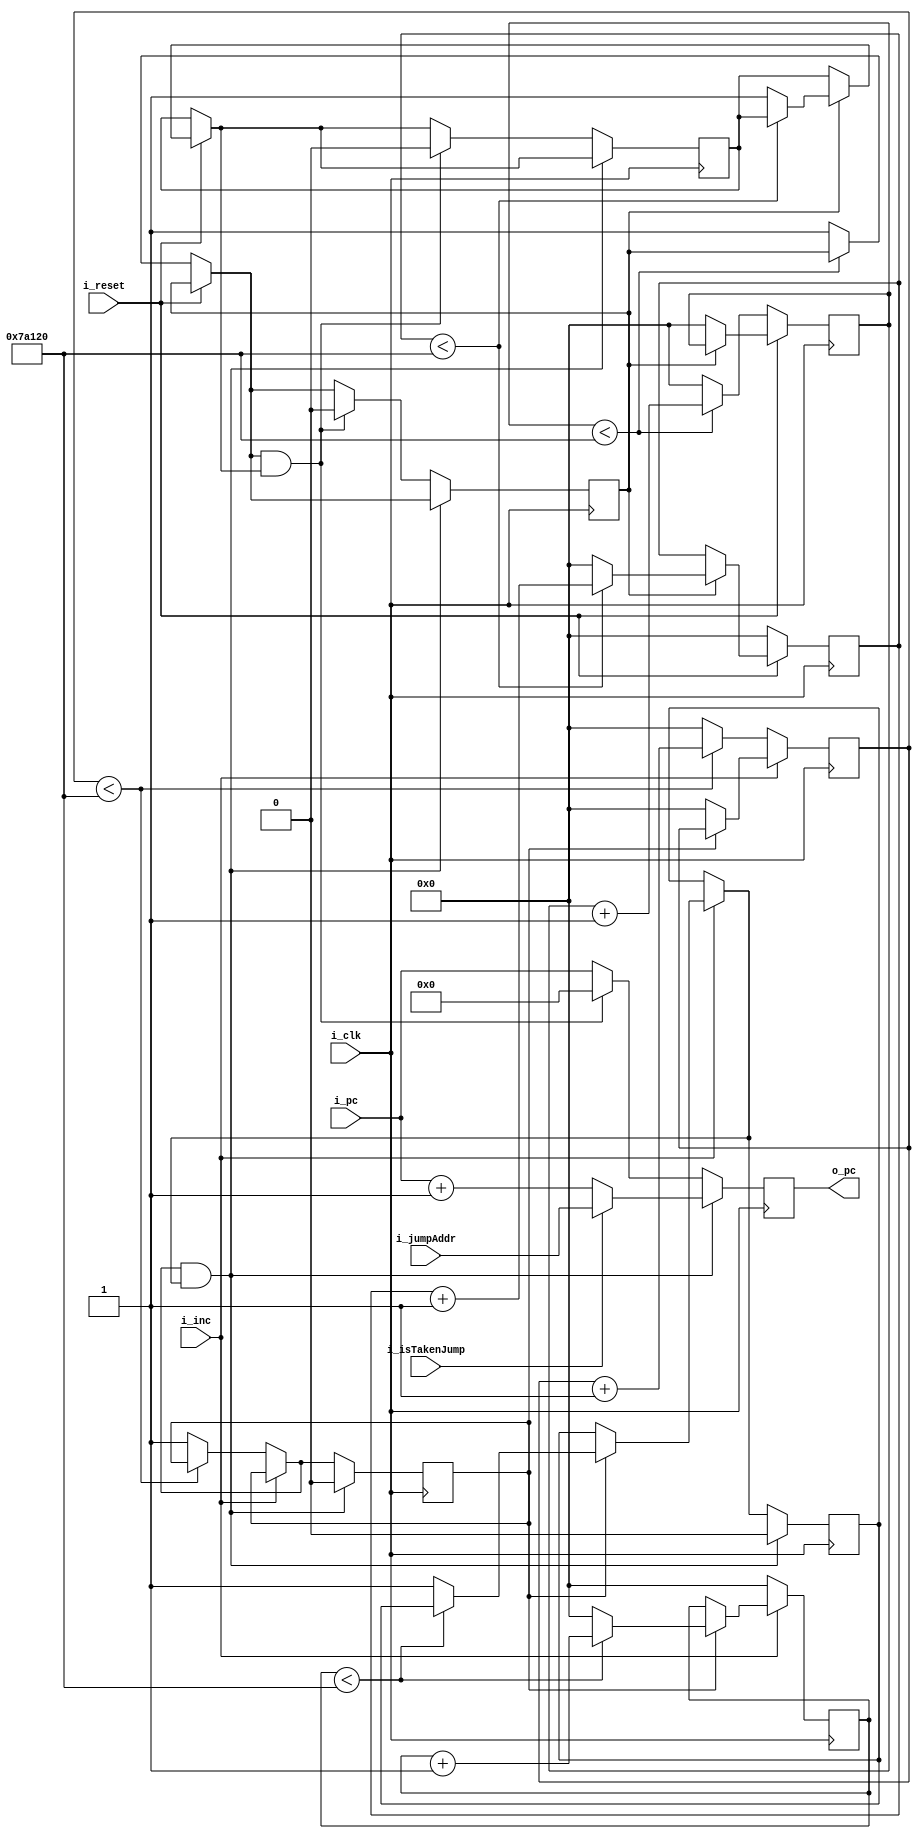
`timescale 1ns / 1ps


module deBounce(i_reset,i_inc,i_clk,i_pc,o_pc
,i_isTakenJump,i_jumpAddr);
input i_reset,i_clk,i_inc;
input[7:0]i_pc;
output reg [7:0] o_pc;

reg [31:0] counter1_reset;
reg [31:0] counter2_reset;
reg flag1_reset;
reg flag2_reset;

reg [31:0] counter1_inc;
reg [31:0] counter2_inc;
reg flag1_inc;
reg flag2_inc;

//////////////
input i_isTakenJump;
input[7:0] i_jumpAddr;


initial 
begin 
	flag1_reset=0;
	flag2_reset=0;
	counter1_reset = 32'b0;
	counter2_reset = 32'b0;

	////////////////////////
	flag1_inc=0;
	flag2_inc=0;
	counter1_inc = 32'b0;
	counter2_inc = 32'b0;
	
end

always@(posedge i_clk)
begin
		if(i_reset == 0)
		begin
			counter2_reset = 0;
			if(counter1_reset <500000)
				begin
					counter1_reset = counter1_reset +1;					
				end
			else
			begin
				counter1_reset = 0;
				flag1_reset = 1;
			end
		end
		else
		if(i_reset == 1)
		begin
			if(flag1_reset==1)
			begin
				if(counter2_reset<500000)
				begin
					counter2_reset = counter2_reset+1;
				end
				else
				begin
					counter2_reset = 0;
					flag2_reset=1;
				end
			end
			else
				counter1_reset = 0;		
		end
		

////////////////////////////////////			

	if(i_inc == 0)
		begin
			counter2_inc = 0;
			if(counter1_inc <500000)
				begin
					counter1_inc = counter1_inc +1;					
				end
			else
			begin
				counter1_inc = 0;
				flag1_inc = 1;
			end
		end
		else
		if(i_inc == 1)
		begin
			if(flag1_inc==1)
			begin
				if(counter2_inc<500000)
				begin
					counter2_inc = counter2_inc+1;
				end
				else
				begin
					counter2_inc = 0;
					flag2_inc=1;
				end
			end
			else
				counter1_inc = 0;		
		end
		if(flag1_inc && flag2_inc)
			begin 
				if(i_isTakenJump == 1)
				begin 
					o_pc = i_jumpAddr;
				end
				else
				begin 
					o_pc = i_pc + 1;
				end
				///
				
				flag1_inc = 0;
				flag2_inc = 0;
			end
			else
			
		///////////////
		if(flag1_reset && flag2_reset)
			begin 
				o_pc = 0;
				
				///
				
				flag1_reset = 0;
				flag2_reset = 0;
			end
			else
			o_pc = i_pc;

			///			
end



endmodule